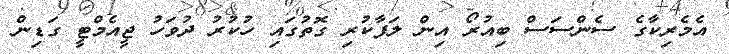
އެމެރިކާގެ ސެންސަސް ބިއުރޯ އިން ލަފާކުރި ގޮތުގައި ހުކުރު ދުވަހު ޖީއެމްޓީ ގަޑިން